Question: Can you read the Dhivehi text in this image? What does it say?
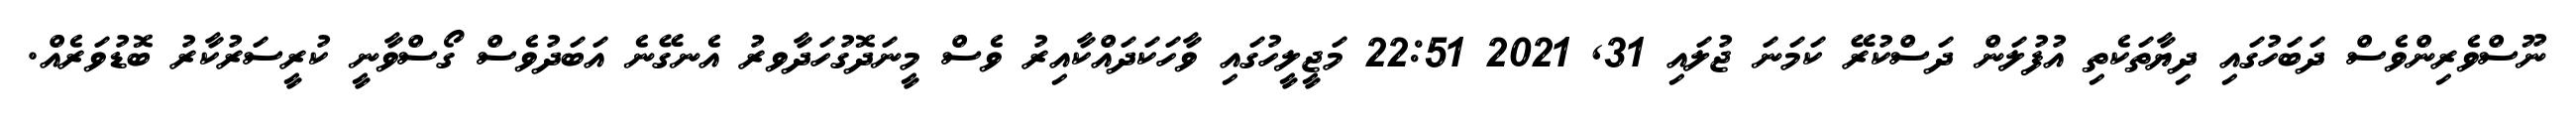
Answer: ނޫސްވެރިންވެސް ދަބަހުގައި ދިޔާތަކެތި އުފުލަން ދަސްކުރޭ ކަމަނަ ޖުލައި 31, 2021 22:51 މަޖީލީހުގައި ވާހަކަދައްކާއިރު ވެސް މީނަދޮގުހަދާވރު އެނގޭނެ އަބަދުވެސް ގޯސްވާނީ ކުރީސަރުކާރު ބޮޑުވަރެއް.